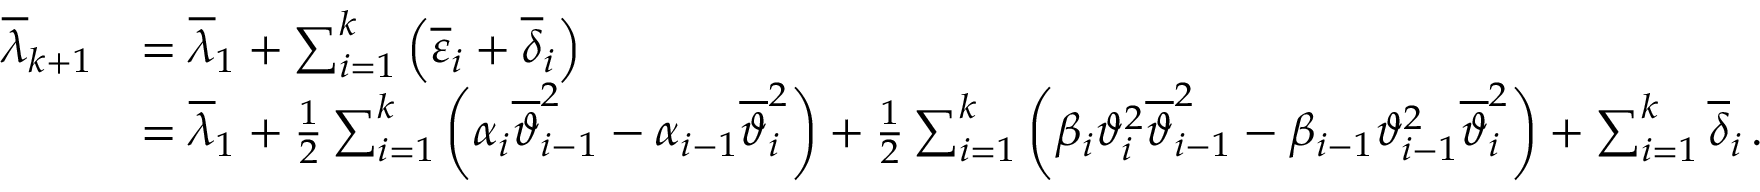
\begin{array} { r l } { { \overline { { \lambda } } } _ { k + 1 } } & { = { \overline { { \lambda } } } _ { 1 } + \sum _ { i = 1 } ^ { k } { \left( { \overline { { \varepsilon } } } _ { i } + { \overline { { \delta } } } _ { i } \right) } } \\ & { = { \overline { { \lambda } } } _ { 1 } + \frac { 1 } { 2 } \sum _ { i = 1 } ^ { k } { \left( { \alpha } _ { i } { \overline { { \vartheta } } } _ { i - 1 } ^ { 2 } - { \alpha } _ { i - 1 } { \overline { { \vartheta } } } _ { i } ^ { 2 } \right) } + \frac { 1 } { 2 } \sum _ { i = 1 } ^ { k } { \left( { \beta } _ { i } { \vartheta } _ { i } ^ { 2 } { \overline { { \vartheta } } } _ { i - 1 } ^ { 2 } - { \beta } _ { i - 1 } { \vartheta } _ { i - 1 } ^ { 2 } { \overline { { \vartheta } } } _ { i } ^ { 2 } \right) } + \sum _ { i = 1 } ^ { k } { { \overline { { \delta } } } _ { i } } \, . } \end{array}